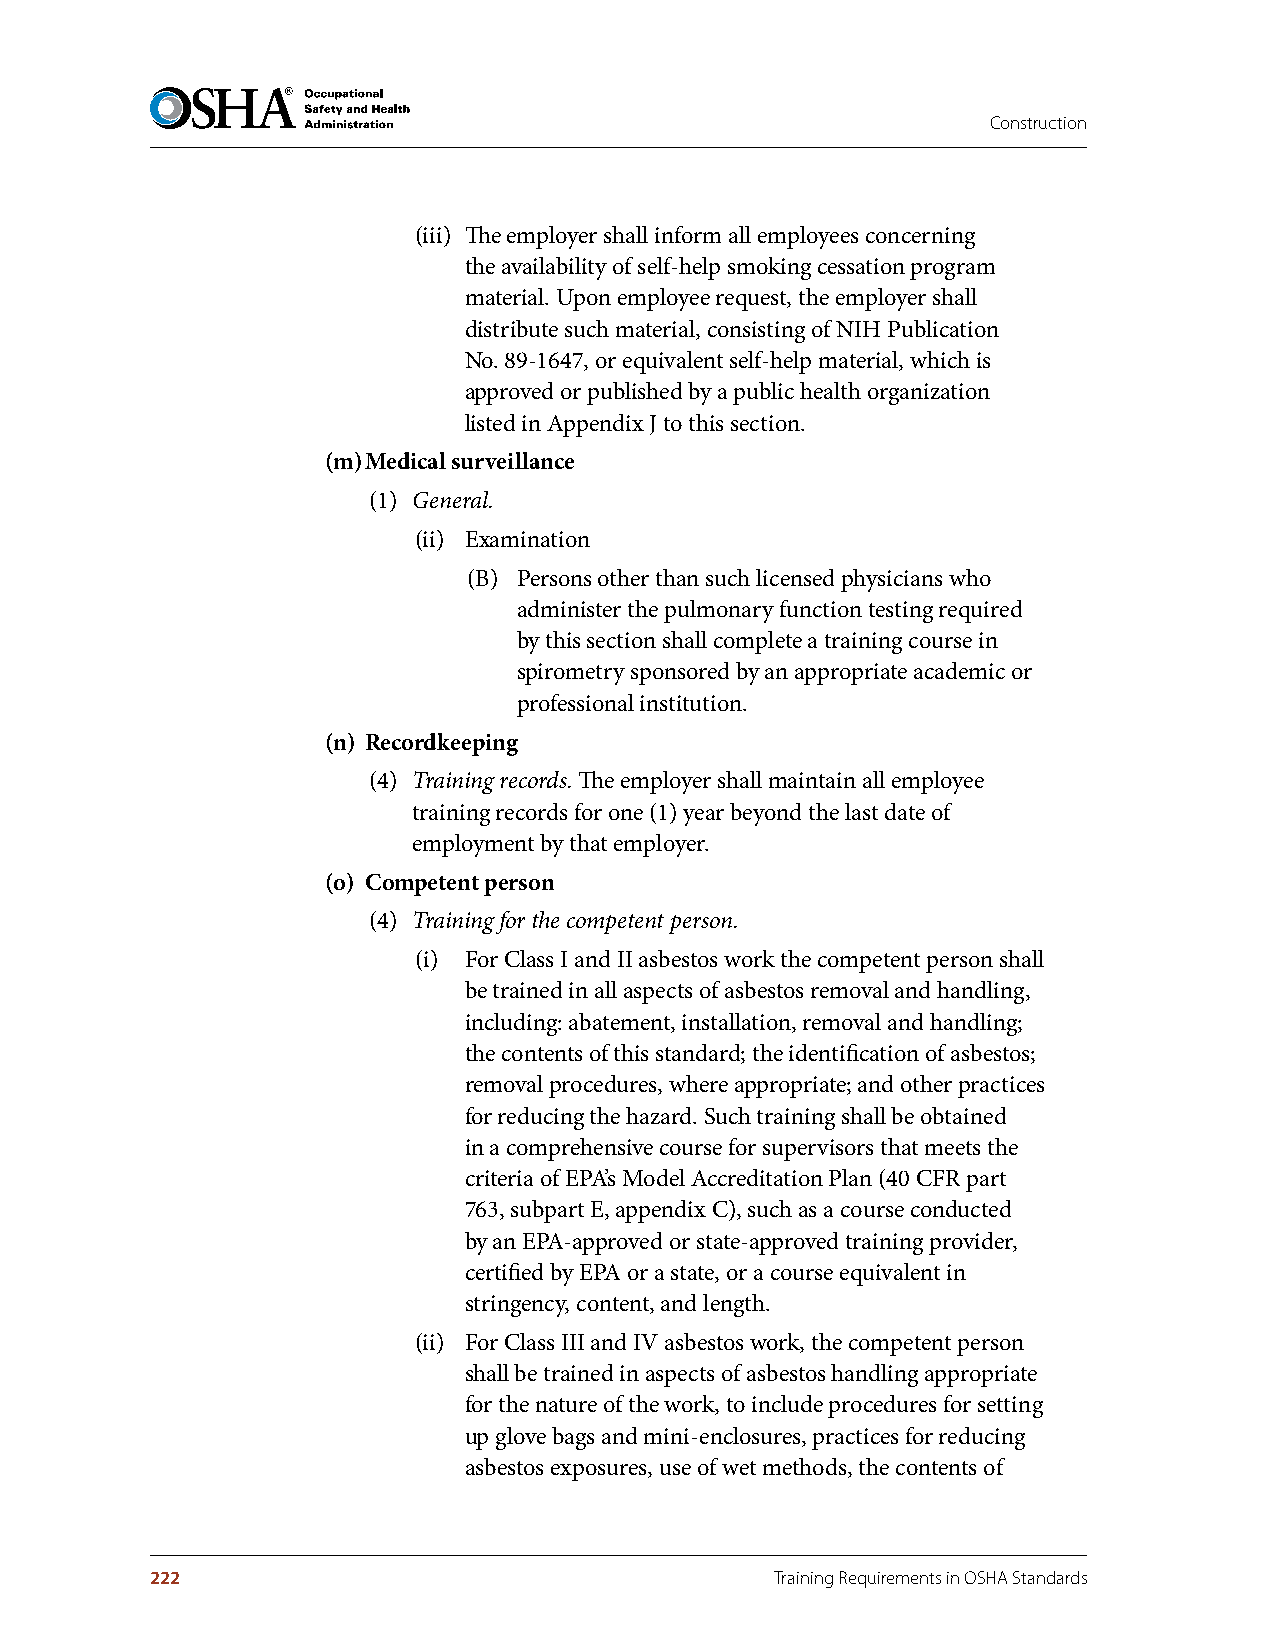
Construction
 (iii) The employer shall inform all employees concerning
 the availability of self-help smoking cessation program
 material. Upon employee request, the employer shall
 distribute such material, consisting of NIH Publication
 No. 89-1647, or equivalent self-help material, which is
 approved or published by a public health organization
 listed in Appendix J to this section.
 (m) Medical surveillance
 (1) General.
 (ii) Examination
 (B) Persons other than such licensed physicians who
 administer the pulmonary function testing required
 by this section shall complete a training course in
 spirometry sponsored by an appropriate academic or
 professional institution.
 (n) Recordkeeping
 (4) Training records. The employer shall maintain all employee
 training records for one (1) year beyond the last date of
 employment by that employer.
 (o) Competent person
 (4) Training for the competent person.
 (i) For Class I and II asbestos work the competent person shall
 be trained in all aspects of asbestos removal and handling,
 including: abatement, installation, removal and handling;
 the contents of this standard; the identification of asbestos;
 removal procedures, where appropriate; and other practices
 for reducing the hazard. Such training shall be obtained
 in a comprehensive course for supervisors that meets the
 criteria of EPA’s Model Accreditation Plan (40 CFR part
 763, subpart E, appendix C), such as a course conducted
 by an EPA-approved or state-approved training provider,
 certified by EPA or a state, or a course equivalent in
 stringency, content, and length.
 (ii) For Class III and IV asbestos work, the competent person
 shall be trained in aspects of asbestos handling appropriate
 for the nature of the work, to include procedures for setting
 up glove bags and mini-enclosures, practices for reducing
 asbestos exposures, use of wet methods, the contents of
 222                                      Training Requirements in OSHA Standards